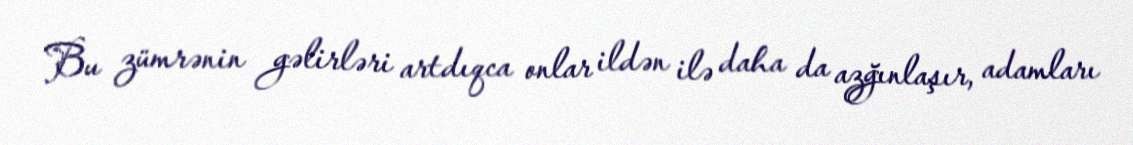
Bu zümrənin gəlirləri artdıqca onlar ildən ilə daha da azğınlaşır, adamları